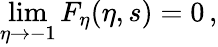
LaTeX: \operatorname*{lim}_{\eta\to-1}F_{\eta}(\eta,s)=0\, ,